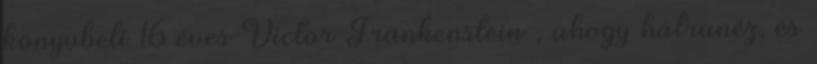
könyvbeli 16 éves Victor Frankenstein , ahogy hátranéz, és